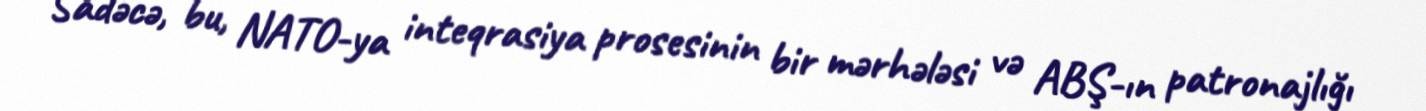
Sadəcə, bu, NATO-ya inteqrasiya prosesinin bir mərhələsi və ABŞ-ın patronajlığı